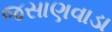
જસાણવાડા